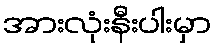
အားလုံးနီးပါးမှာ